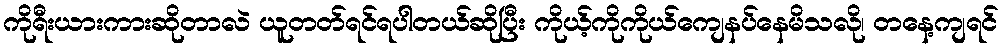
ကိုရီးယားကားဆိုတာလဲ ယူတတ်ရင်ရပါတယ်ဆိုပြီး ကိုယ့်ကိုကိုယ်ကျေနပ်နေမိသလို၊ တနေ့ကျရင်